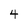
Character: 4